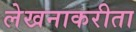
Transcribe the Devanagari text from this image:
लेखनाकरीता